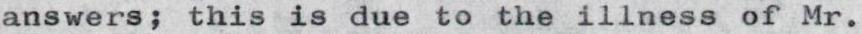
answers; this is due to the illness of Mr.